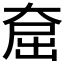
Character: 𪥕